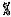
%